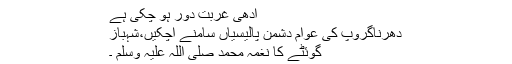
آدھی غربت دور ہو چکی ہے
دھرناگروپ کی عوام دشمن پالیسیاں سامنے آچکیں،شہباز
گوئٹے کا نغمہ محمد صلی اللہ علیہ وسلم ۔